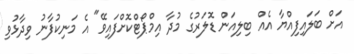
އަށް ބަލައިފިއްޔާ އެއް ބިލިއަން ޑޮލަރުގެ މުދާ އިމްޕޯޓްކޮށްފައިވޭ" އެ މަނިކުފާނު ވިދާޅުވި